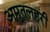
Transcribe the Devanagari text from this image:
अमृतलहरी